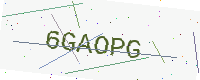
Text: 6GAOPG